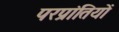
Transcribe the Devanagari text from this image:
परप्रांतियों